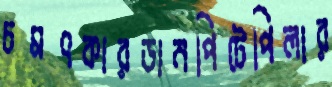
চমৎকারডানপিটেপিলার